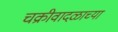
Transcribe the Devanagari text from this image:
चक्रीवादळाच्या